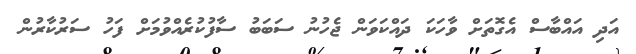
އަދި އައްބާސް އެގޮތަށް ވާހަކަ ދައްކަވަން ޖެހުނު ސަބަބު ސާފުކުރެއްވުމަށް ފަހު ސަރުކާރުން